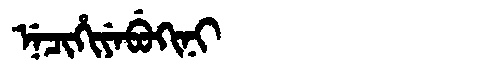
Manchu: ᠨᡝᠴᡳᡥᡳᠶᡝᠪᡠᡴᡳᠨᡳ
Romanization: NECIHIYEBUKINI